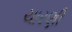
ચારણી